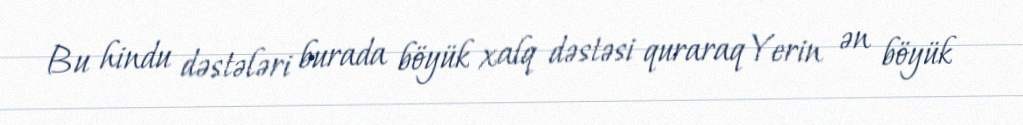
Bu hindu dəstələri burada böyük xalq dəstəsi quraraq Yerin ən böyük